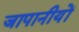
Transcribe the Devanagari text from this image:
जापानीयों